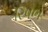
રિષભ